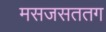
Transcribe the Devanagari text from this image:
मसजसततग